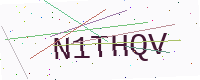
Text: N1THQV